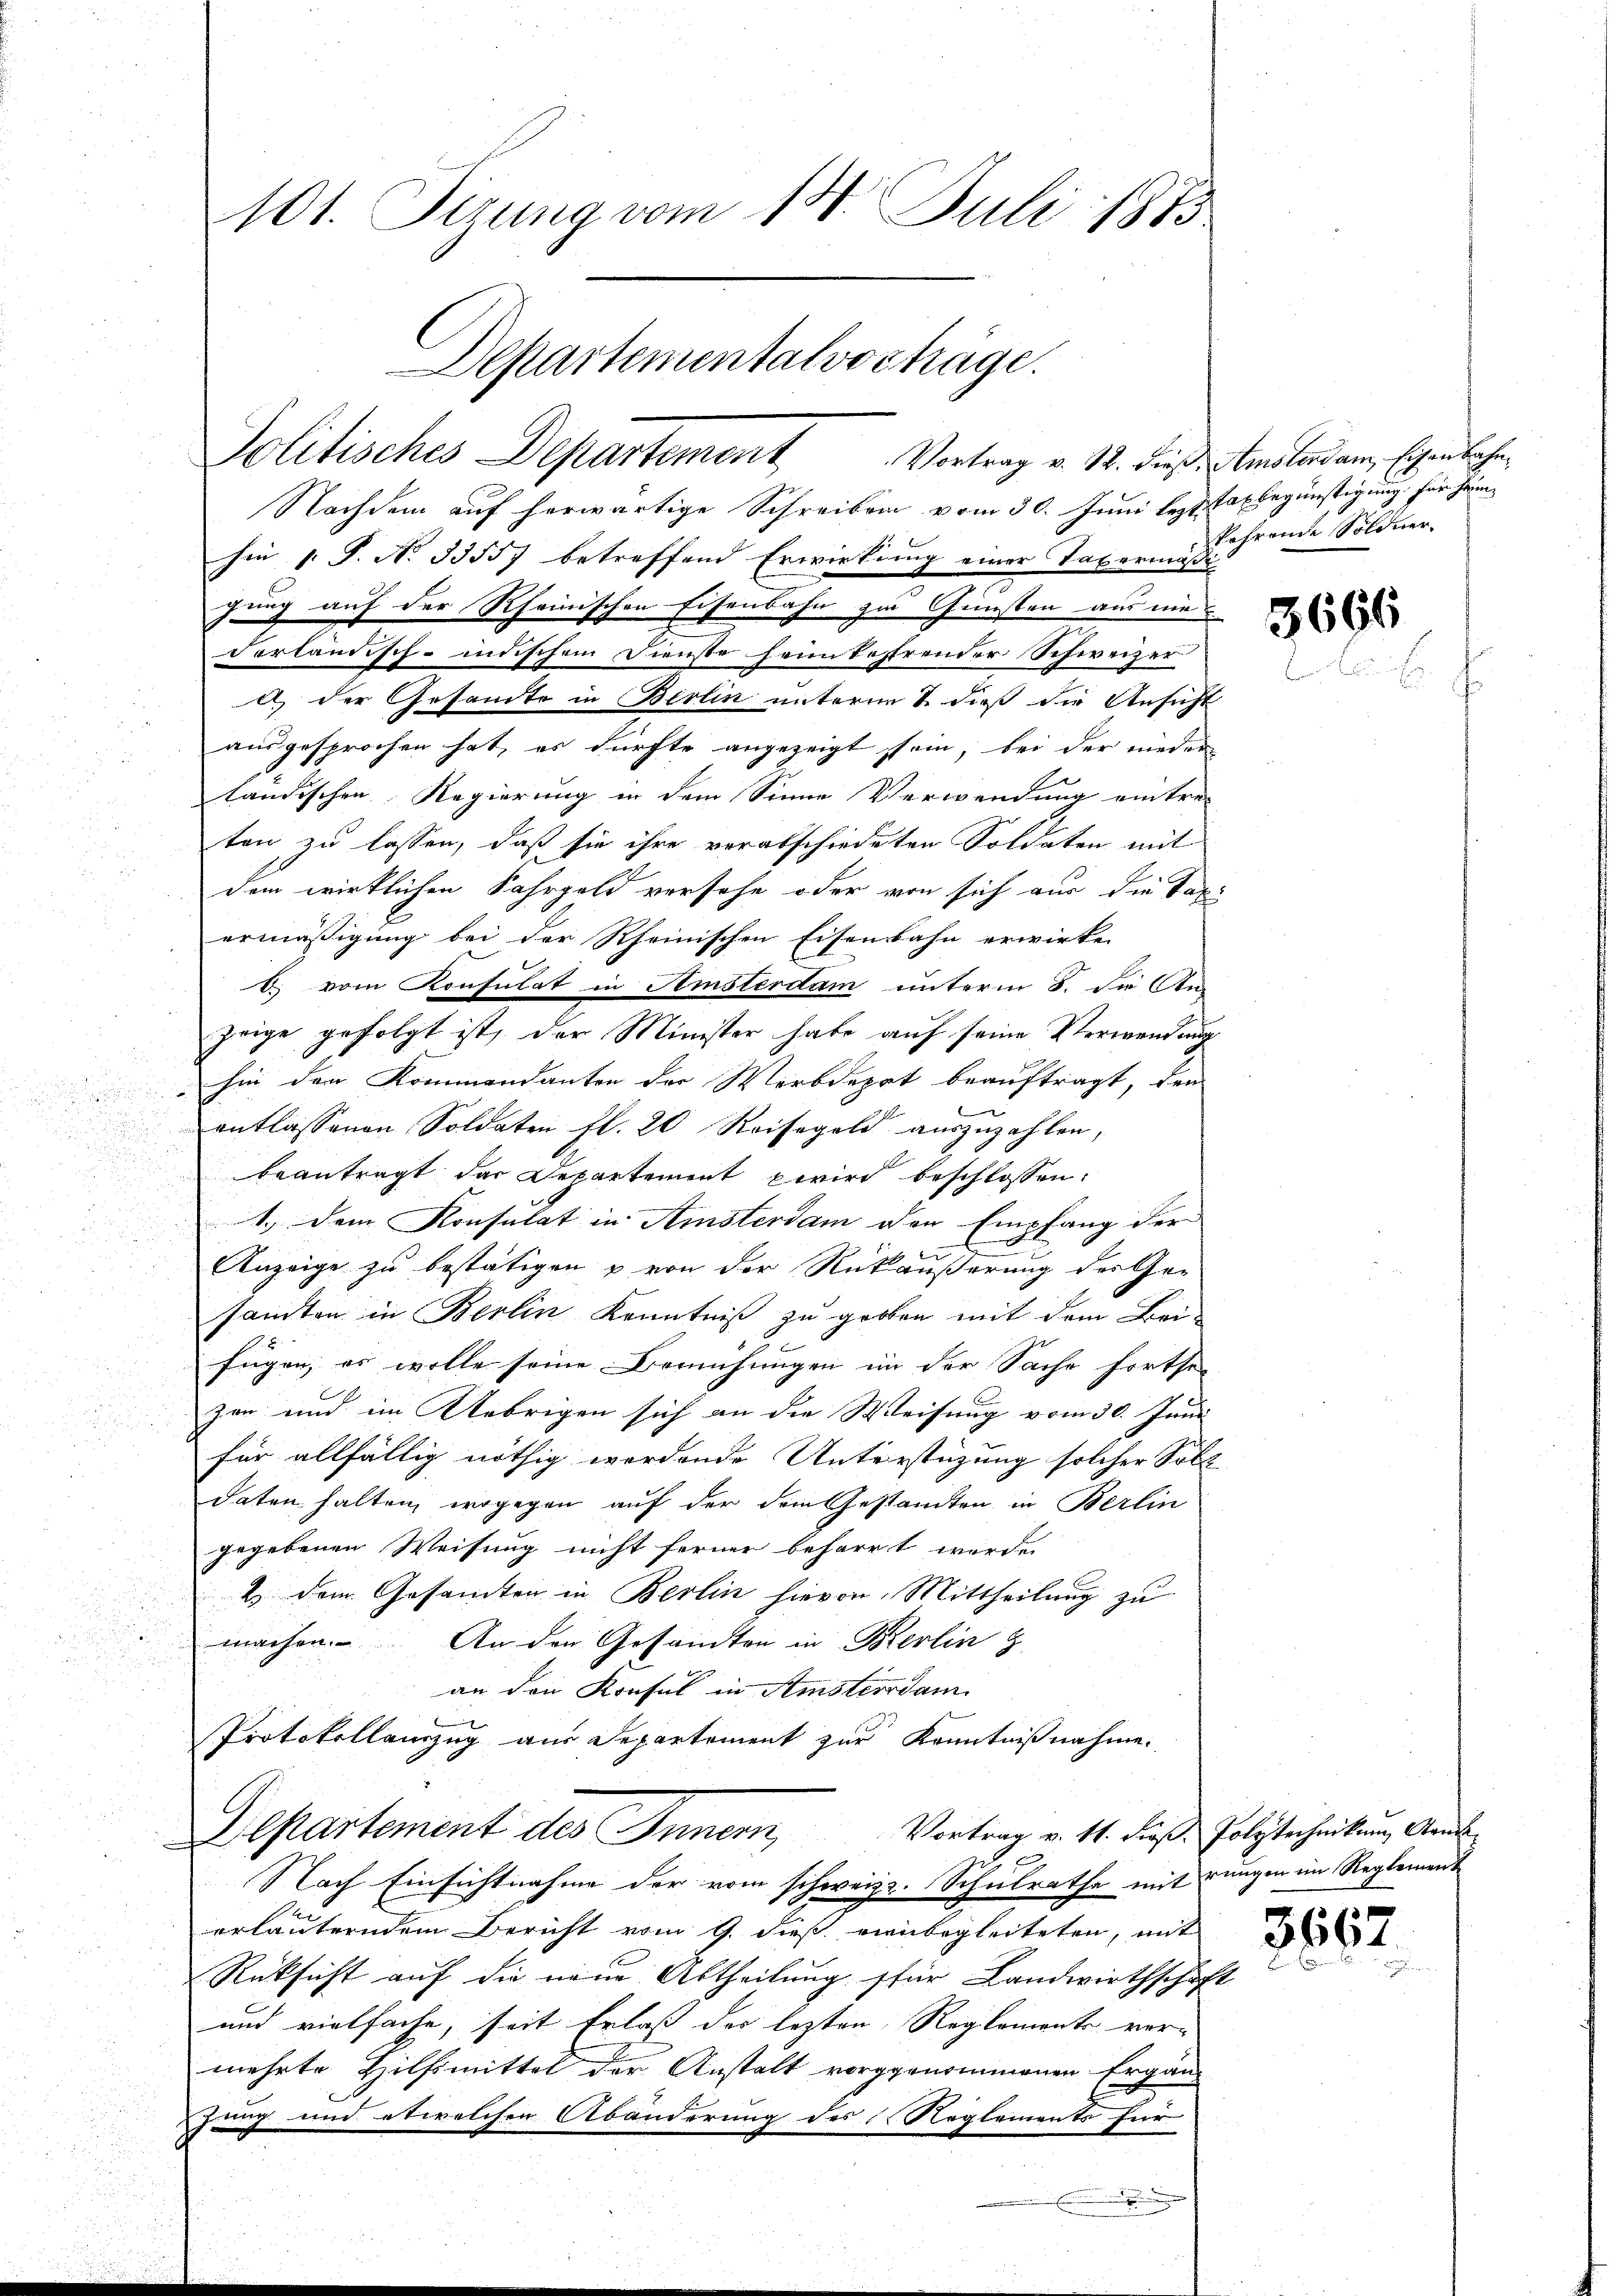
101. Sizung vom 18. Juli 1873
Departementalvorträge.

Politisches Departement Vortrag v. 12. dieß. Amsterdam, Eigen Sohn
Nachdem auf herwärtige Schreiben vom 30. Juni leztTaxbegünstigung für Heim¬

hin 1. P. No 33557 betreffend Erwirkung einer Tabermäßi
gung auf der Rheinischen Eisenbahn zu Gunsten aus ein
derländisch-indischem Dienste heimkehrender Schweizer
a) der Gesandte in Berlin unterm & dieß die Ansicht
ausgesprochen hat, es dürfte angezeigt sein, bei der nieder
ländischen Regierung in dem Sinne Verwendung eintre-
ten zu lassen, daß sie ihre verabschiedeten Soldaten mit
dem wirklichen Fahrgeld versehe oder von sich aus die Taxi
ermäßigung bei der Rheinischen Eisenbahn erwirke
b. vom Konsulat in Amsterdam unterm 8. die An-
zeige gefolgt ist, der Minister habe auf seine Verwendung
hin den Kommendanten der Werbdepot beauftragt, den
.
entlassenen Soldaten fl. 20 Reisegeld auszuzahlen,

beantragt der Departement wird beschlossen:
1.) Dem Konsulat in Amstersam den Empfang der
Anzeige zu bestätigen & von der Rückäußerung der Ge-
samten in Berlin Kenntniß zu gelben mit dem Bei-
fügen, es wolle seine Bemühungen in der Sache fortse
zen und im Uebrigen sich an die Weisung vom 30. Juni
für allfällig nöthig werdende Unterstüzung solcher Soll
daten halten, wogegen auf der dem Gestandten in Berlin
gegebenen Weisung nicht ferner beharrt werde.
2. dem Gesamten in Berlin hievon Mittheilung zu
machen. An den Gesandten in Berlin z
an den Konsul in Amsterdam
u
Protokollenzug aus Departement zur Kenntnißnahme.
Vortrag v. 11. dieß Polytechnikum Kant
Departement des Innern,
Nach Einsichtnahme der vom schweiz. Schulrathe mit rungen im Reglement
erläuterndem Bericht vom 9. dieß einbegleiteten, mit
Rüksicht auf die neue Abtheilung für Landwirthschaft
und vielfache, seit Erlaß der lezten Reglements vermehrte Hilfsmittel der Anstalt vorgenommenen Ergänjung und etwelchen Abänderung des Reglements für

kehrende Söldner.

3696

3662